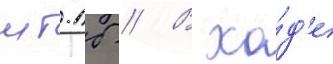
мт-лб // В хо́д'е